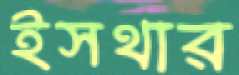
ইসথার